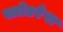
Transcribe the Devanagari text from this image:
स्त्रोतरेषा